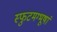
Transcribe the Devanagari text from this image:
स्फुटमग्भूषां